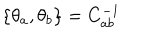
\{ \theta _ { a } , \theta _ { b } \} = C _ { a b } ^ { - 1 }